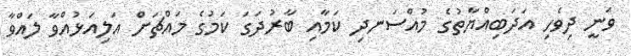
ވަނީ ދިވެހި އަދަބިއްޔާތުގެ މުއްސަނދި ކަމާއި ބާރުދަގަ ކަމުގެ މައްޗަށް އަލިއަޅުއްވާ ލައްވާ